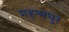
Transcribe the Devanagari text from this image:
महन्मधुर